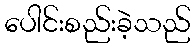
ပေါင်းစည်းခဲ့သည်